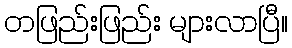
တဖြည်းဖြည်း များလာပြီ။